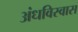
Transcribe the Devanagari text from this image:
अंधविस्वास